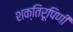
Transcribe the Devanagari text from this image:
शक्तिरूपिणी